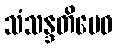
သံသန္ဒတိမေဝ